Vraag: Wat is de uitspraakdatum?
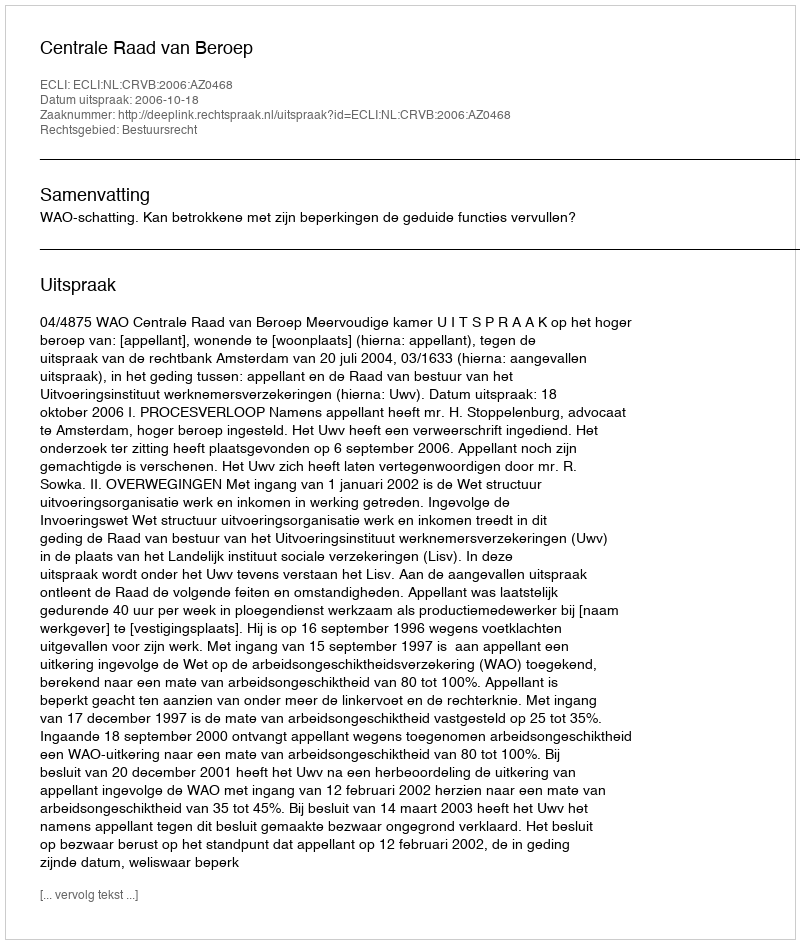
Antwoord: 2006-10-18